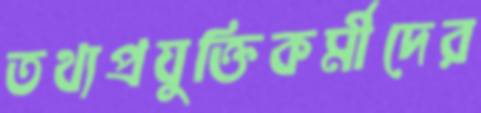
তথ্যপ্রযুক্তিকর্মীদের